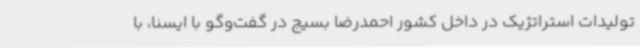
تولیدات استراتژیک در داخل کشور احمدرضا بسیج در گفت‌وگو با ایسنا، با